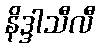
နိဒ္ဒါသီလီ